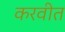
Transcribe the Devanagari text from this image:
करवीत